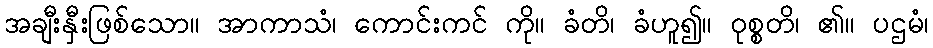
အချီးနှီးဖြစ်သော။ အာကာသံ၊ ကောင်းကင် ကို။ ခံတိ၊ ခံဟူ၍။ ဝုစ္စတိ၊ ၏။ ပဌမံ၊